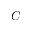
C